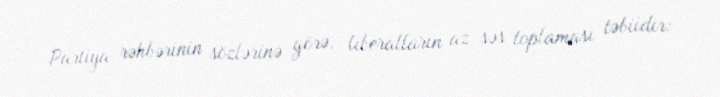
Partiya rəhbərinin sözlərinə görə, liberalların az səs toplaması təbiidir: